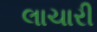
લાચારી